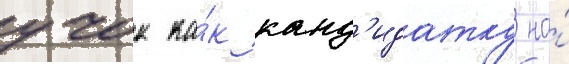
учок ка́к канд'идатку на́